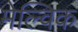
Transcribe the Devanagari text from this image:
मेल्विक